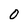
Character: 0